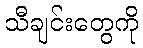
သီချင်းတွေကို